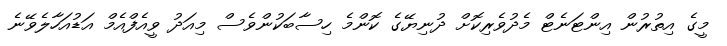
މީގެ އިތުރުން އިންޓަނެޓް މެދުވެރިކޮށް ދުނިޔޭގެ ކޮންމެ ހިސާބަކުންވެސް މިއަދު ވީއެފްއެމް އަޑުއަހާލެވޭނެ